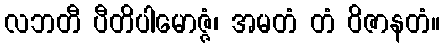
လဘတီ ပီတိပါမောဇ္ဇံ၊ အမတံ တံ ဝိဇာနတံ။